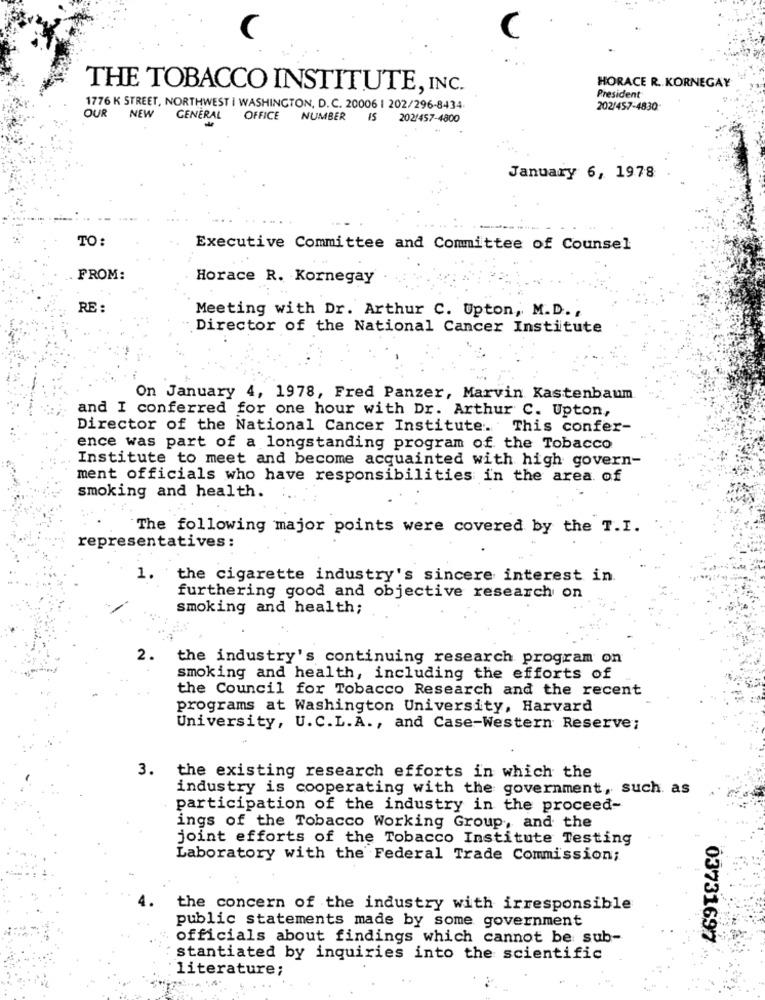
HORACE R. KORNEGAY
THE TOBACCO INSTITUTE, INC.
President
1776 K STREET, NORTHWEST I WASHINGTON, D.C. 20006 | 202/296-8434
OUR
NEW
202/457-4830
GENERAL
OFFICE NUMBER
15
202/457-4800
January 6, 1978
TO:
Executive Committee and Committee of Counsel
FROM:
Horace R. Kornegay
RE :
Meeting with Dr. Arthur C. Upton, M.D .,
Director of the National Cancer Institute
On January 4, 1978, Fred Panzer, Marvin Kastenbaum
and I conferred for one hour with Dr. Arthur C. Upton,
Director of the National Cancer Institute. This confer-
ence was part of a longstanding program of the Tobacco
Institute to meet and become acquainted with high govern-
ment officials who have responsibilities in the area of
smoking and health.
The following major points were covered by the T.I.
representatives :
1.
the cigarette industry's sincere interest in
furthering good and objective research on
smoking and health;
2.
the industry's continuing research program on
smoking and health, including the efforts of
the Council for Tobacco Research and the recent
programs at Washington University, Harvard
University, U.C.L.A ., and Case-Western Reserve;
3. the existing research efforts in which the
industry is cooperating with the government, such as
participation of the industry in the proceed-
ings of the Tobacco Working Group, and the
joint efforts of the Tobacco Institute Testing
Laboratory with the Federal Trade Commission;
the concern of the industry with irresponsible
public statements made by some government
officials about findings which cannot be sub-
03731697
stantiated by inquiries into the scientific
literature;